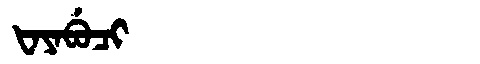
Manchu: ᡶᠠᠶᠠᠪᡠᠴᡳ
Romanization: FAYABUCI